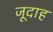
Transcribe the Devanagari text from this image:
जूदाह